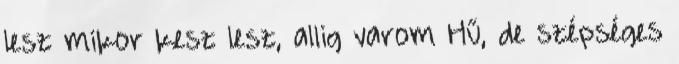
lesz mikor kesz lesz, allig varom Hű, de szépséges